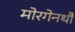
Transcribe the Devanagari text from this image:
मोरगेनथौ